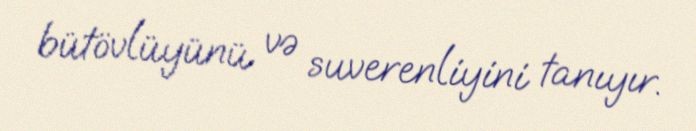
bütövlüyünü və suverenliyini tanıyır.